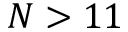
N > 1 1